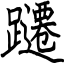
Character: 躚